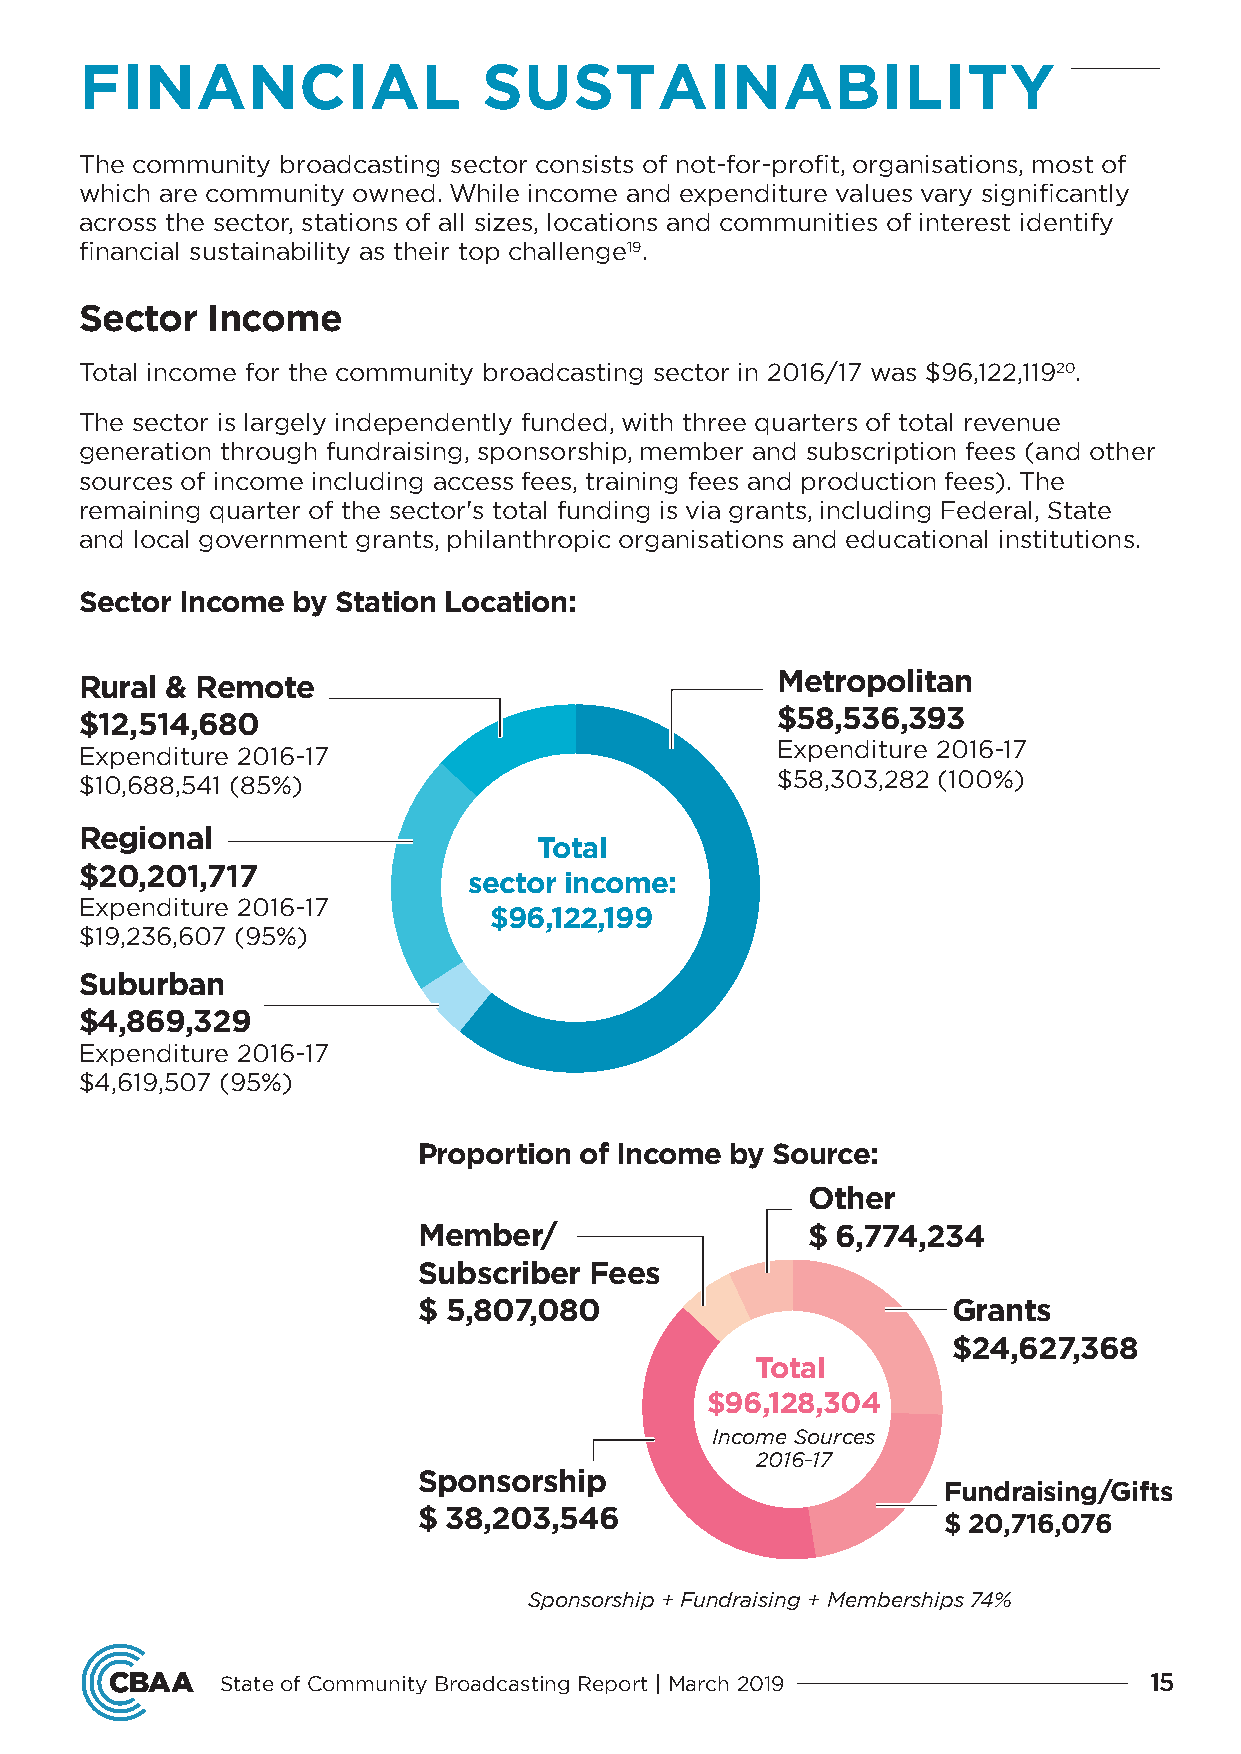
FINANCIAL                  SUSTAINABILITY
 The community broadcasting sector consists of not-for-profit, organisations, most of
 which are community owned. While income and expenditure values vary significantly
 across the sector, stations of all sizes, locations and communities of interest identify
 financial sustainability as their top challenge19.
 Sector   Income
 Total income for the community broadcasting sector in 2016/17 was $96,122,11920.
 The sector is largely independently funded, with three quarters of total revenue
 generation through fundraising, sponsorship, member and subscription fees (and other
 sources of income including access fees, training fees and production fees). The
 remaining quarter of the sector's total funding is via grants, including Federal, State
 and local government grants, philanthropic organisations and educational institutions.
 Sector Income by Station Location:
 Rural & Remote                                Metropolitan
 $12,514,680                                   $58,536,393
 Expenditure 2016-17                           Expenditure 2016-17
 $10,688,541 (85%)                             $58,303,282 (100%)
 Regional
 Total
 $20,201,717
 sector income:
 Expenditure 2016-17
 $96,122,199
 $19,236,607 (95%)
 Suburban
 $4,869,329
 Expenditure 2016-17
 $4,619,507 (95%)
 Proportion of Income by Source:
 Other
 Member/                  $ 6,774,234
 Subscriber Fees
 $ 5,807,080                        Grants
 $24,627,368
 Total
 $96,128,304
 Income Sources
 2016-17
 Sponsorship
 Fundraising/Gifts
 $ 38,203,546
 $ 20,716,076
 Sponsorship + Fundraising + Memberships 74%
 State of Community Broadcasting Report | March 2019          15